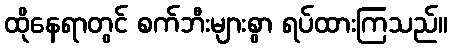
ထိုနေရာတွင် စက်ဘီးများစွာ ရပ်ထားကြသည်။